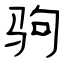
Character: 驹